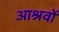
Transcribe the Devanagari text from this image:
आश्रवों